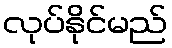
လုပ်နိုင်မည်